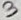
Text: 2